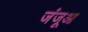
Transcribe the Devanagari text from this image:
जंजूआ